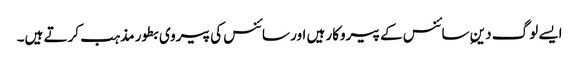
ایسے لوگ دینِ سائنس کے پیروکار ہیں اور سائنس کی پیروی بطور مذہب کرتے ہیں۔